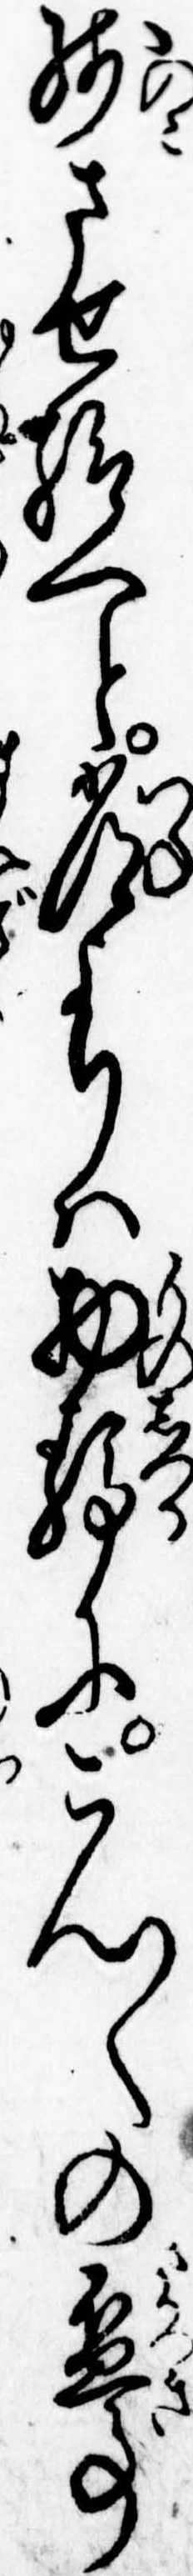
残させ給へと常よりは物静にこん〱の杯事